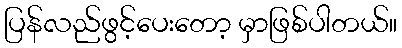
ပြန်လည်ဖွင့်ပေးတော့ မှာဖြစ်ပါတယ်။